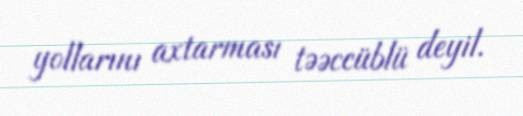
yollarını axtarması təəccüblü deyil.